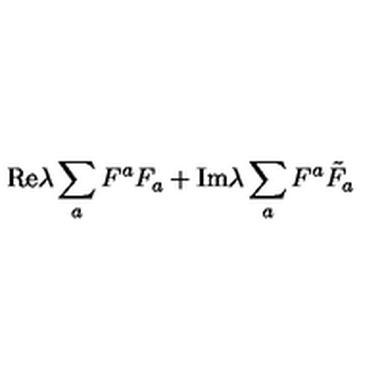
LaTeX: \mathrm { R e } \lambda \sum _ { a } F ^ { a } F _ { a } + \mathrm { I m } \lambda \sum _ { a } F ^ { a } { \tilde { F } _ { a } }